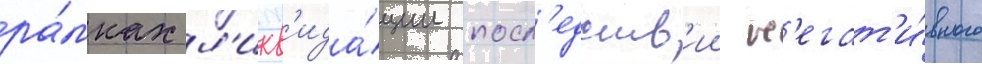
ра́мках л'икв'ида́ции посл'едств'ии н'егат'и́вного